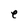
Character: e